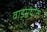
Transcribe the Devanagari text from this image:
वाड्मयांत